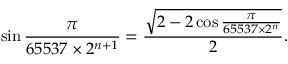
\sin { \frac { \pi } { 6 5 5 3 7 \times 2 ^ { n + 1 } } } = { \frac { \sqrt { 2 - 2 \cos { \frac { \pi } { 6 5 5 3 7 \times 2 ^ { n } } } } } { 2 } } .